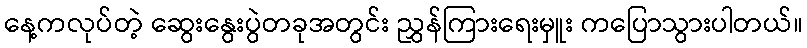
နေ့ကလုပ်တဲ့ ဆွေးနွေးပွဲတခုအတွင်း ညွှန်ကြားရေးမှူး ကပြောသွားပါတယ်။